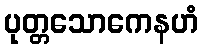
ပုတ္တသောကေနဟံ